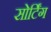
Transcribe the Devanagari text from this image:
सोर्टिंग